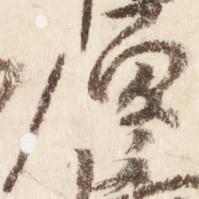
原